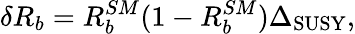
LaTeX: \delta R_{b}=R_{b}^{SM}(1-R_{b}^{SM})\Delta_{\mathrm{SUSY}},